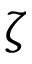
\zeta